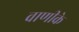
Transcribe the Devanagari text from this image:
वाणीके